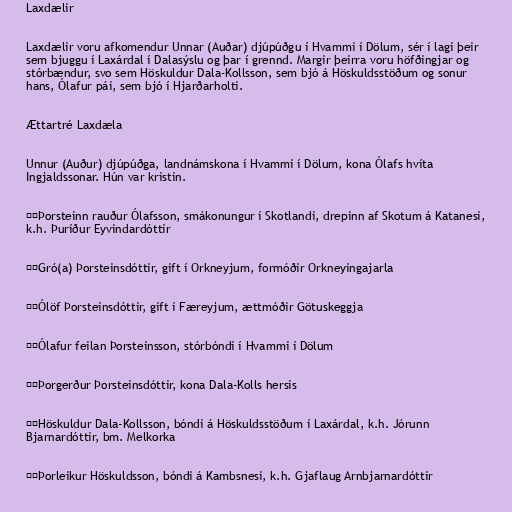
Laxdælir

Laxdælir voru afkomendur Unnar (Auðar) djúpúðgu í Hvammi í Dölum, sér í lagi þeir
sem bjuggu í Laxárdal í Dalasýslu og þar í grennd. Margir þeirra voru höfðingjar og
stórbændur, svo sem Höskuldur Dala-Kollsson, sem bjó á Höskuldsstöðum og sonur
hans, Ólafur pái, sem bjó í Hjarðarholti.

Ættartré Laxdæla

Unnur (Auður) djúpúðga, landnámskona í Hvammi í Dölum, kona Ólafs hvíta
Ingjaldssonar. Hún var kristin.

╰─Þorsteinn rauður Ólafsson, smákonungur í Skotlandi, drepinn af Skotum á Katanesi,
k.h. Þuríður Eyvindardóttir

├─Gró(a) Þorsteinsdóttir, gift í Orkneyjum, formóðir Orkneyingajarla

├─Ólöf Þorsteinsdóttir, gift í Færeyjum, ættmóðir Götuskeggja

├─Ólafur feilan Þorsteinsson, stórbóndi í Hvammi í Dölum

╰─Þorgerður Þorsteinsdóttir, kona Dala-Kolls hersis

╰─Höskuldur Dala-Kollsson, bóndi á Höskuldsstöðum í Laxárdal, k.h. Jórunn
Bjarnardóttir, bm. Melkorka

├─Þorleikur Höskuldsson, bóndi á Kambsnesi, k.h. Gjaflaug Arnbjarnardóttir